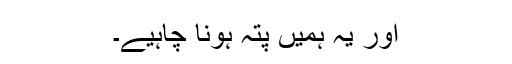
اور یہ ہمیں پتہ ہونا چاہیے۔